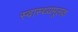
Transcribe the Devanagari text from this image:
स्वास्थ्यमूलक